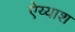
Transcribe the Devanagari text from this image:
ऐय्याश